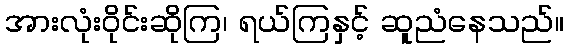
အားလုံးဝိုင်းဆိုကြ၊ ရယ်ကြနှင့် ဆူညံနေသည်။